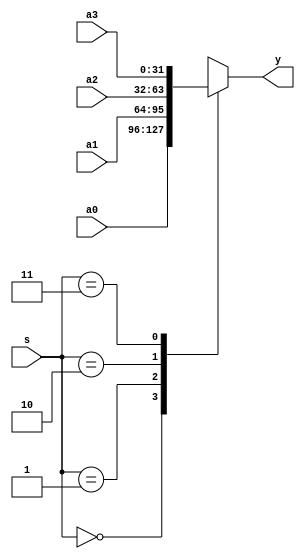

module mux4x32 (a0,a1,a2,a3,s,y); // 4-to-1 multiplexer, 32-bit
    input  [31:0] a0, a1, a2, a3; // inputs, 32 bits
    input   [1:0] s;              // input,   2 bits
    output [31:0] y;              // output, 32 bits
    function  [31:0] select;      // function name (= return value, 32 bits)
        input [31:0] a0,a1,a2,a3; // notice the order of the input arguments
        input  [1:0] s;           // notice the order of the input arguments
        case (s)                  // cases:
            2'b00: select = a0;   // if (s==0) return value = a0
            2'b01: select = a1;   // if (s==1) return value = a1
            2'b10: select = a2;   // if (s==2) return value = a2
            2'b11: select = a3;   // if (s==3) return value = a3
        endcase
    endfunction
    assign y = select(a0,a1,a2,a3,s);   // call the function with parameters
endmodule